Subject: physics
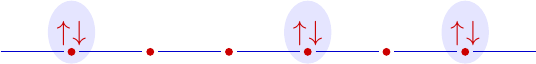
LaTeX code:
\begin{tikzpicture}[baseline={([yshift=-.8ex]current bounding box.center)}]
  \fill[blue!10] (1,0.25) ellipse (0.3 and 0.4);
  \fill[blue!10] (4,0.25) ellipse (0.3 and 0.4);
  \fill[blue!10] (6,0.25) ellipse (0.3 and 0.4);
  {\color{blue!80!black}
    \draw(0.1,0) -- (0.9,0);
    \draw(1.1,0) -- (1.9,0);
    \draw(2.1,0) -- (2.9,0);
    \draw(3.1,0) -- (3.9,0);
    \draw(4.1,0) -- (4.9,0);
    \draw(5.1,0) -- (5.9,0);
    \draw(6.1,0) -- (6.9,0);
  }
  {\color{red!80!black}
    \node at (0.9,-0.05) [above] {$\uparrow$} ;
    \node at (1.1,-0.05) [above] {$\downarrow$} ;
    \node at (3.9,-0.05) [above] {$\uparrow$} ;
    \node at (4.1,-0.05) [above] {$\downarrow$} ;
    \node at (5.9,-0.05) [above] {$\uparrow$} ;
    \node at (6.1,-0.05) [above] {$\downarrow$} ;
    \node[fill, circle, inner sep=1pt] at (1, 0) {};
    \node[fill, circle, inner sep=1pt] at (2, 0) {};
    \node[fill, circle, inner sep=1pt] at (3, 0) {};
    \node[fill, circle, inner sep=1pt] at (4, 0) {};
    \node[fill, circle, inner sep=1pt] at (5, 0) {};
    \node[fill, circle, inner sep=1pt] at (6, 0) {};
  }
\end{tikzpicture}